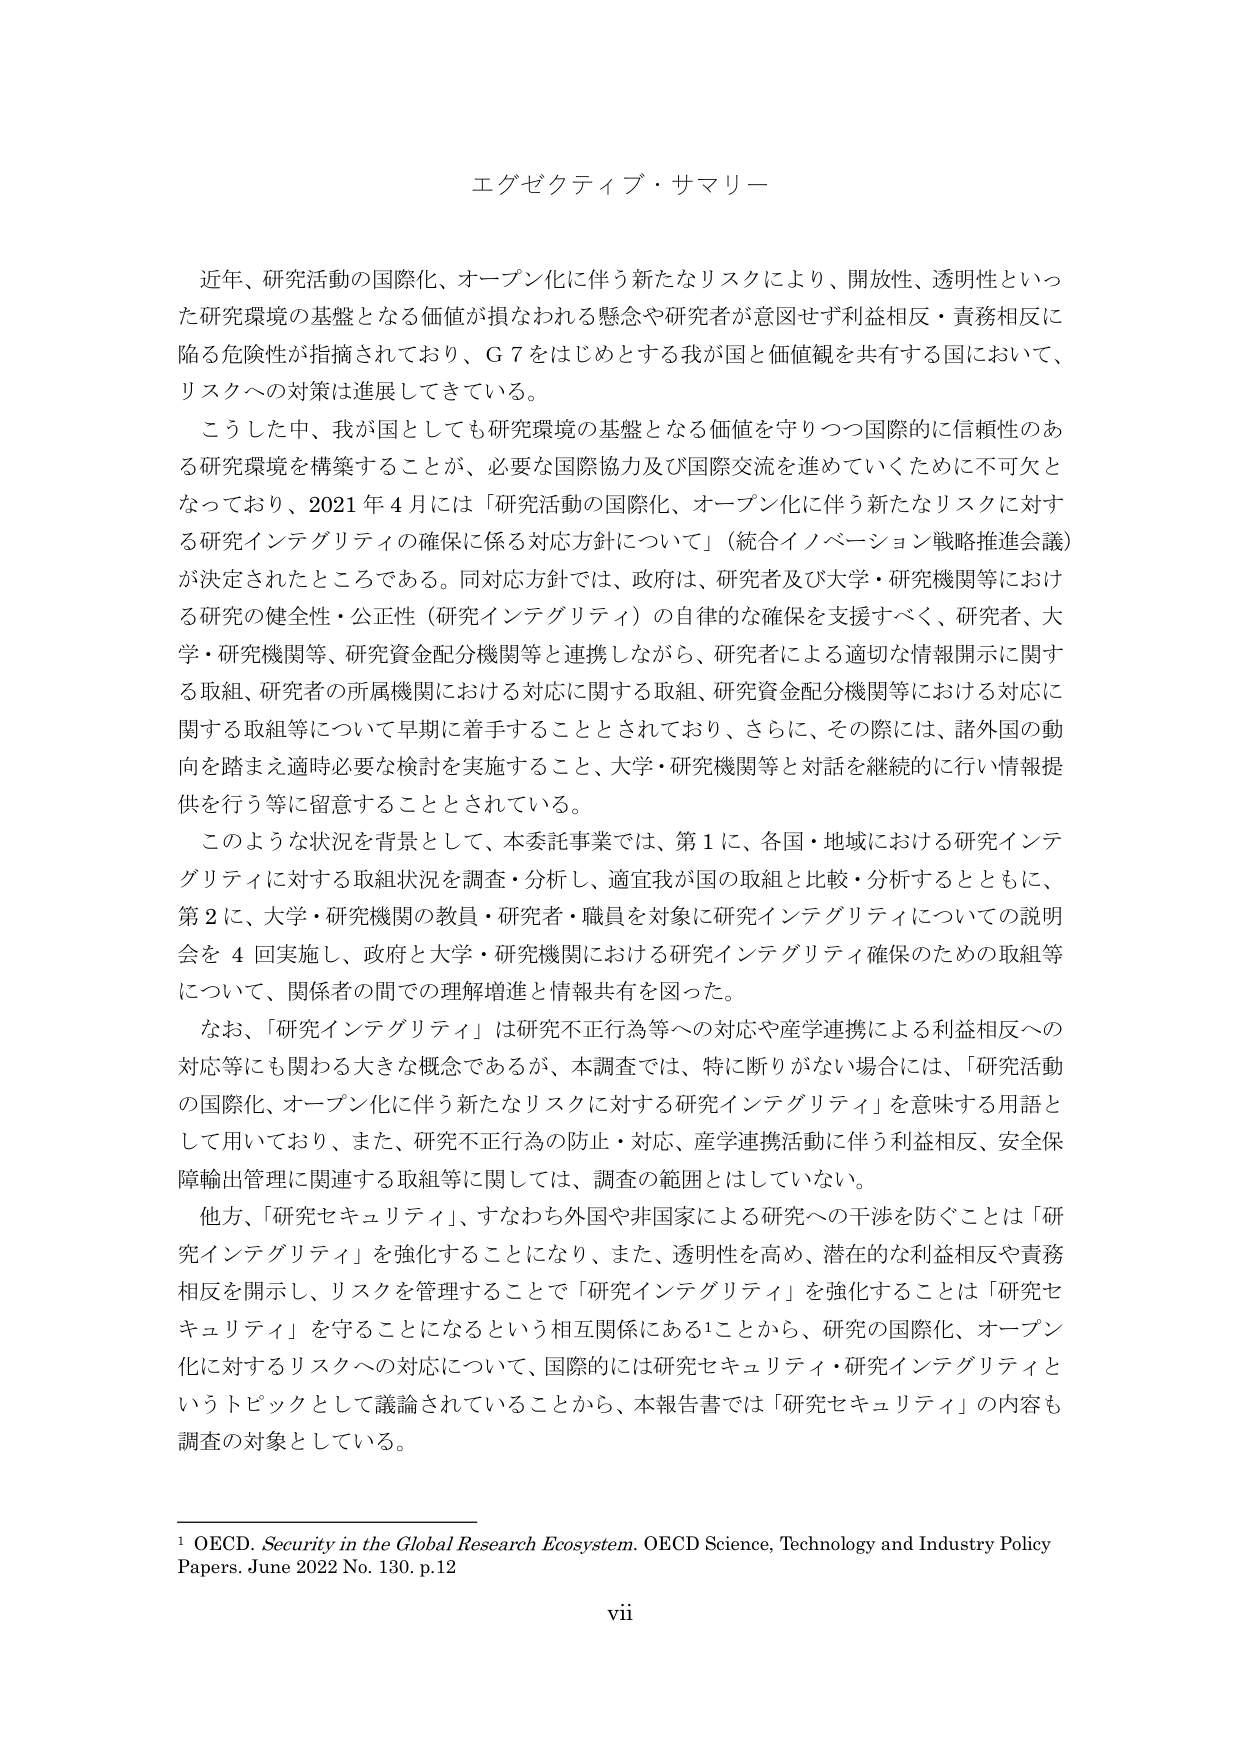
エグゼクティブ・サマリー

近年、研究活動の国際化、オープン化に伴う新たなリスクにより、開放性、透明性といった研究環境の基盤となる価値が損なわれる懸念や研究者が意図せず利益相反・責務相反に陥る危険性が指摘されており、G7をはじめとする我が国と価値観を共有する国において、リスクへの対策は進展してきている。

こうした中、我が国としても研究環境の基盤となる価値を守りつつ国際的に信頼性のある研究環境を構築することが、必要な国際協力及び国際交流を進めていくために不可欠となっており、2021年4月には「研究活動の国際化、オープン化に伴う新たなリスクに対する研究インテグリティの確保に係る対応方針について」（統合イノベーション戦略推進会議）が決定されたところである。同対応方針では、政府は、研究者及び大学・研究機関等における研究の健全性・公正性（研究インテグリティ）の自律的な確保を支援すべく、研究者、大学・研究機関等、研究資金配分機関等と連携しながら、研究者による適切な情報開示に関する取組、研究者の所属機関における対応に関する取組、研究資金配分機関等における対応に関する取組等について早期に着手することとされており、さらに、その際には、諸外国の動向を踏まえ適時必要な検討を実施すること、大学・研究機関等と対話を継続的に行い情報提供を行う等に留意することとされている。

このような状況を背景として、本委託事業では、第1に、各国・地域における研究インテグリティに対する取組状況を調査・分析し、適宜我が国の取組と比較・分析するとともに、第2に、大学・研究機関の教員・研究者・職員を対象に研究インテグリティについての説明会を4回実施し、政府と大学・研究機関における研究インテグリティ確保のための取組等について、関係者の間での理解増進と情報共有を図った。

なお、「研究インテグリティ」は研究不正行為等への対応や産学連携による利益相反への対応等にも関わる大きな概念であるが、本調査では、特に断りがない場合には、「研究活動の国際化、オープン化に伴う新たなリスクに対する研究インテグリティ」を意味する用語として用いており、また、研究不正行為の防止・対応、産学連携活動に伴う利益相反、安全保障輸出管理に関連する取組等に関しては、調査の範囲とはしていない。

他方、「研究セキュリティ」、すなわち外国や非国家による研究への干渉を防ぐことは「研究インテグリティ」を強化することになり、また、透明性を高め、潜在的な利益相反や責務相反を開示し、リスクを管理することで「研究インテグリティ」を強化することは「研究セキュリティ」を守ることになるという相互関係にある1ことから、研究の国際化、オープン化に対するリスクへの対応について、国際的には研究セキュリティ・研究インテグリティというトピックとして議論されていることから、本報告書では「研究セキュリティ」の内容も調査の対象としている。

1 OECD. Security in the Global Research Ecosystem. OECD Science, Technology and Industry Policy Papers. June 2022 No. 130. p.12

vii